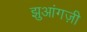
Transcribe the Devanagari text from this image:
झुआंगज़ी